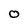
Character: O